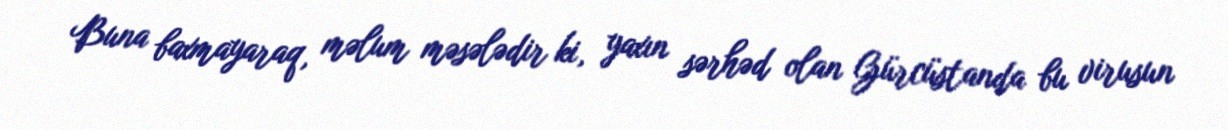
Buna baxmayaraq, məlum məsələdir ki, yaxın sərhəd olan Gürcüstanda bu virusun